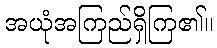
အယုံအကြည်ရှိကြ၏။